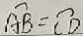
\widehat { A B } = \widehat { C D }